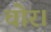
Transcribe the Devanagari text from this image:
चोर।